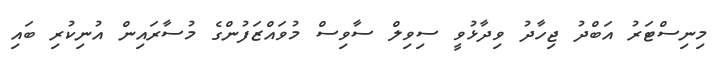
މިނިސްޓަރު އަބްދު ޖިހާދު ވިދާޅުވީ ސިވިލް ސާވިސް މުވައްޒަފުންގެ މުސާރައިން އުނިކުރި ބައި